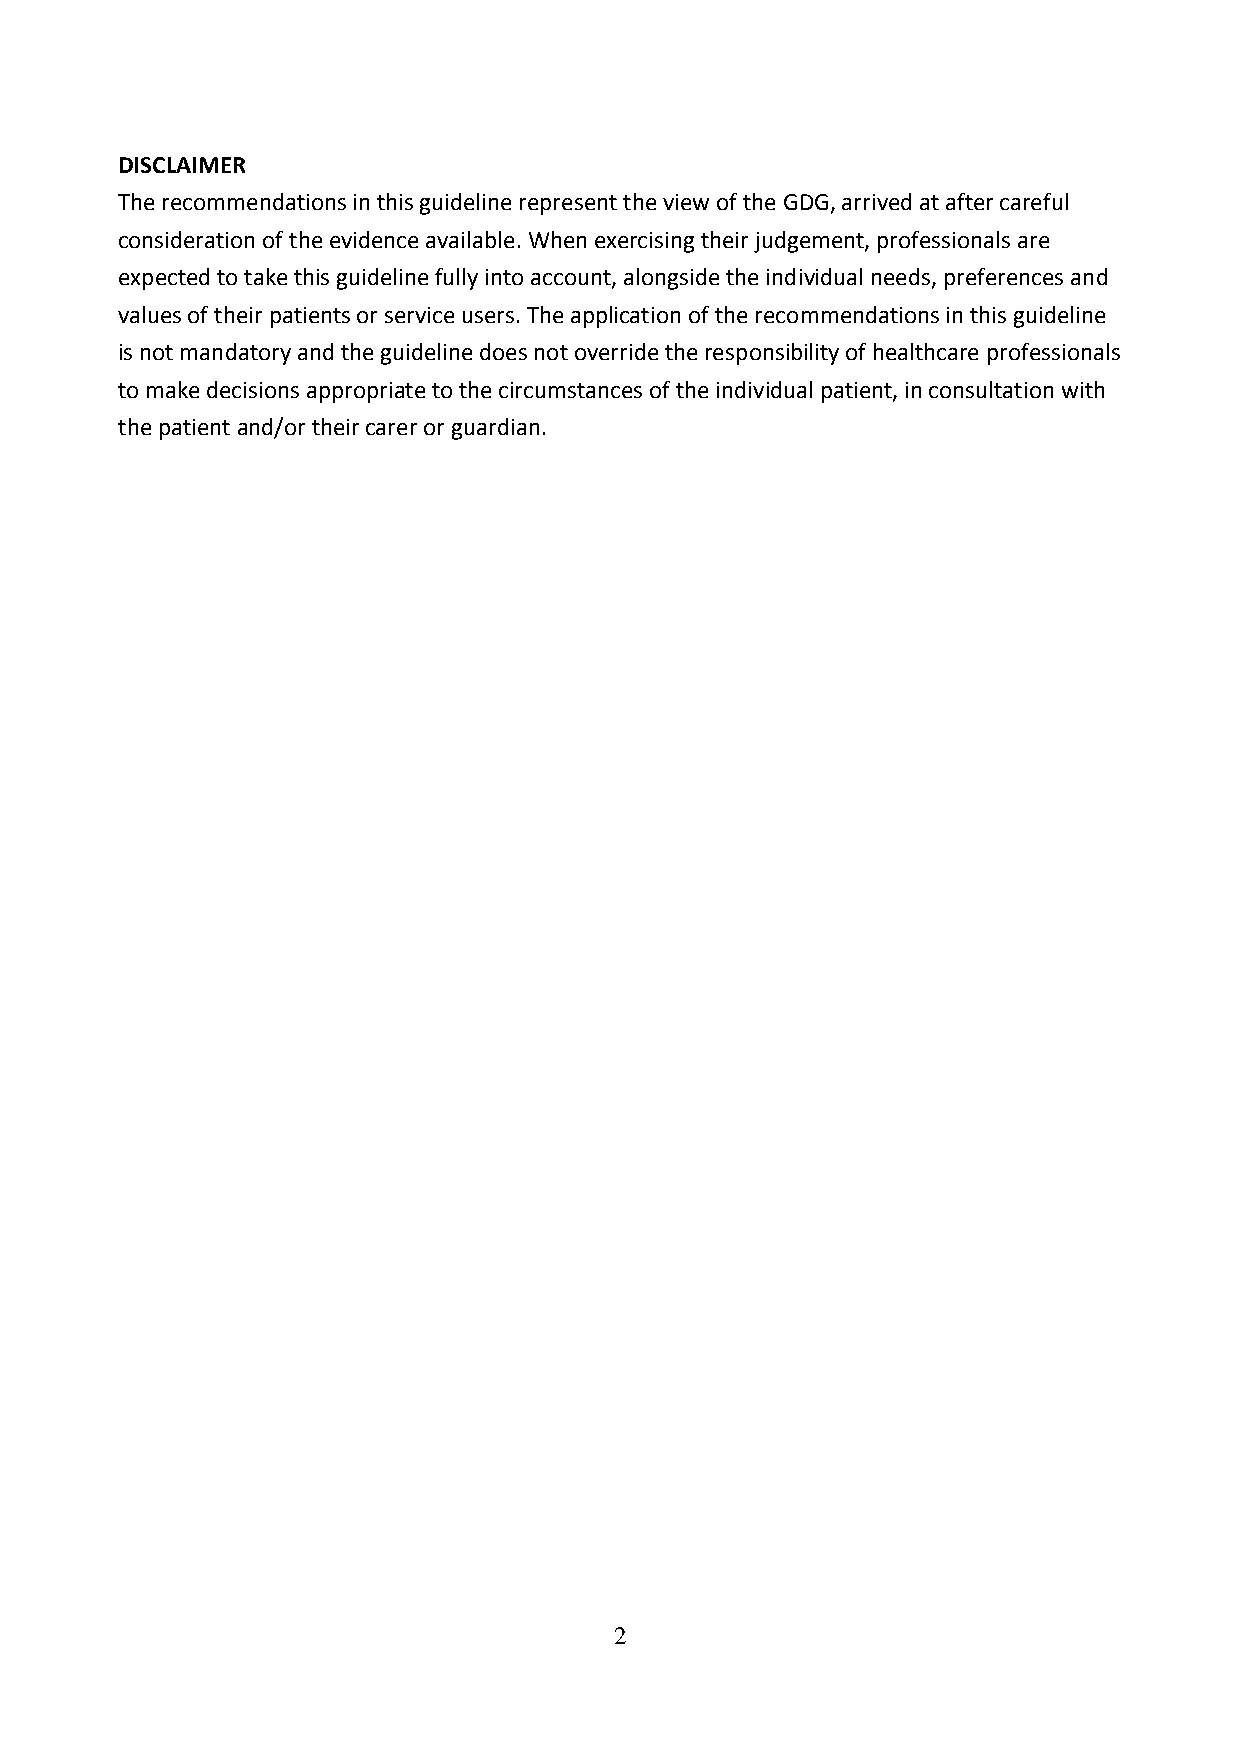
DISCLAIMER
 The recommendations in this guideline represent the view of the GDG, arrived at after careful
 consideration of the evidence available. When exercising their judgement, professionals are
 expected to take this guideline fully into account, alongside the individual needs, preferences and
 values of their patients or service users. The application of the recommendations in this guideline
 is not mandatory and the guideline does not override the responsibility of healthcare professionals
 to make decisions appropriate to the circumstances of the individual patient, in consultation with
 the patient and/or their carer or guardian.
 2